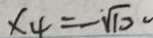
x _ { 4 } = - \sqrt { 1 0 } 。